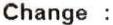
CHANGE :